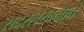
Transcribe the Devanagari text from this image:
सदरलेखनाचे